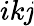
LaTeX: ik\mathit{j}